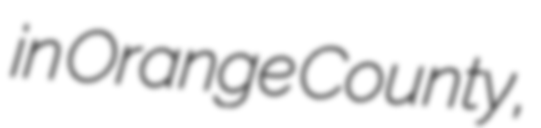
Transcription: in Orange County,